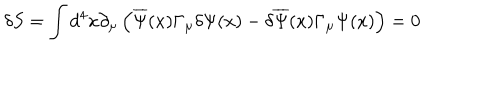
\delta S = \int d ^ { 4 } x \partial _ { \mu } \left( \overline { { { \Psi } } } ( x ) \Gamma _ { \mu } \delta \Psi ( x ) - \delta \overline { { { \Psi } } } ( x ) \Gamma _ { \mu } \Psi ( x ) \right) = 0